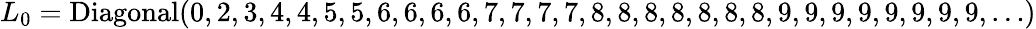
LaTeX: L_{0}=\mathrm{Diagonal}(0,2,3,4,4,5,5,6,6,6,6,7,7,7,7,8,8,8,8,8,8,8,9,9,9,9,9,9,9,9,\ldots)